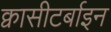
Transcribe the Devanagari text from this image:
क्वासीटर्बाइन